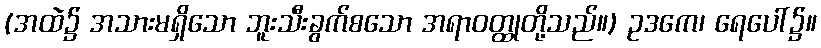
(အထဲ၌ အသားမရှိသော ဘူးသီးခွက်စသော အရာဝတ္ထုတို့သည်။) ဥဒကေ၊ ရေပေါ်၌။